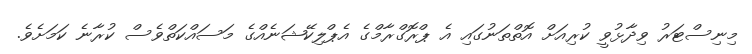
މިނިސްޓަރު ވިދާޅުވީ ކުރިއަށް އޮތްތަނުގައި އެ ޕްރޮގްރާމްގެ އެޕްލިކޭޝަނެއްގެ މަސައްކަތްވެސް ކުރާނެ ކަމަށެވެ.